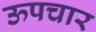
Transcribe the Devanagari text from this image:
ऊपचार